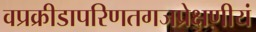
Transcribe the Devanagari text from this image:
वप्रक्रीडापरिणतगजप्रेक्षणीयं